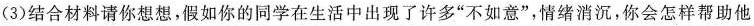
(3)结合材料请你想想，假如你的同学在生活中出现了许多'如意”，情绪消沉，你会怎样帮助他